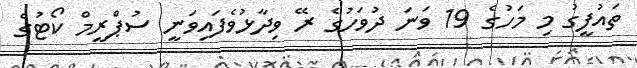
ތައުފީގު މި މަހުގެ 19 ވަނަ ދުވަހުގެ ރޭ ވިދާޅުވެފައިވަނީ ސުޕްރީމް ކޯޓުގެ